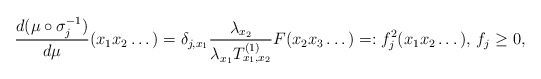
\begin{align*}\frac{d(\mu\circ\sigma_j^{-1})}{d\mu}(x_1x_2\dots)=\delta_{j,x_1}\frac{\lambda_{x_2}}{\lambda_{x_1}T_{x_1,x_2}^{(1)}}F(x_2x_3\dots)=:f_j^2(x_1x_2\dots),\, f_j\geq 0,\end{align*}